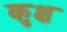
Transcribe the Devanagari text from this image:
कृक्ष